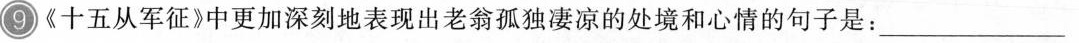
9《十五从军征》中更加深刻地表现出老翁孤独凄凉的处境和心情的句子是：___